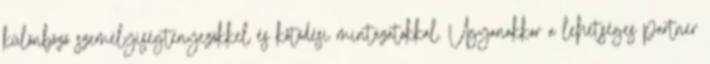
különböző személyiségtényezőkkel és kötődési mintázatokkal. Ugyanakkor a lehetséges partner